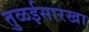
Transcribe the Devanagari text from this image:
तुळईसारखा